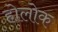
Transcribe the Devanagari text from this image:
होलोक